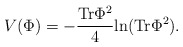
\begin{align*}V(\Phi) = -{{\rm Tr}\Phi^2\over 4} {\rm ln}( {\rm Tr}\Phi^2).\end{align*}